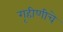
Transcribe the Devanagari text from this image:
गृहीणीचे